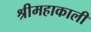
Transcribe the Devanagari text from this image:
श्रीमहाकाली